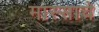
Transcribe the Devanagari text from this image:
मास्साचे